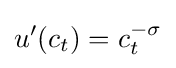
u'(c_{t})=c_{t}^{-\sigma }